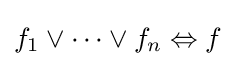
f_{1}\lor \dots \lor f_{n}\Leftrightarrow f